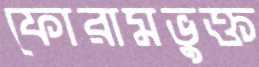
ফোরামভুক্ত